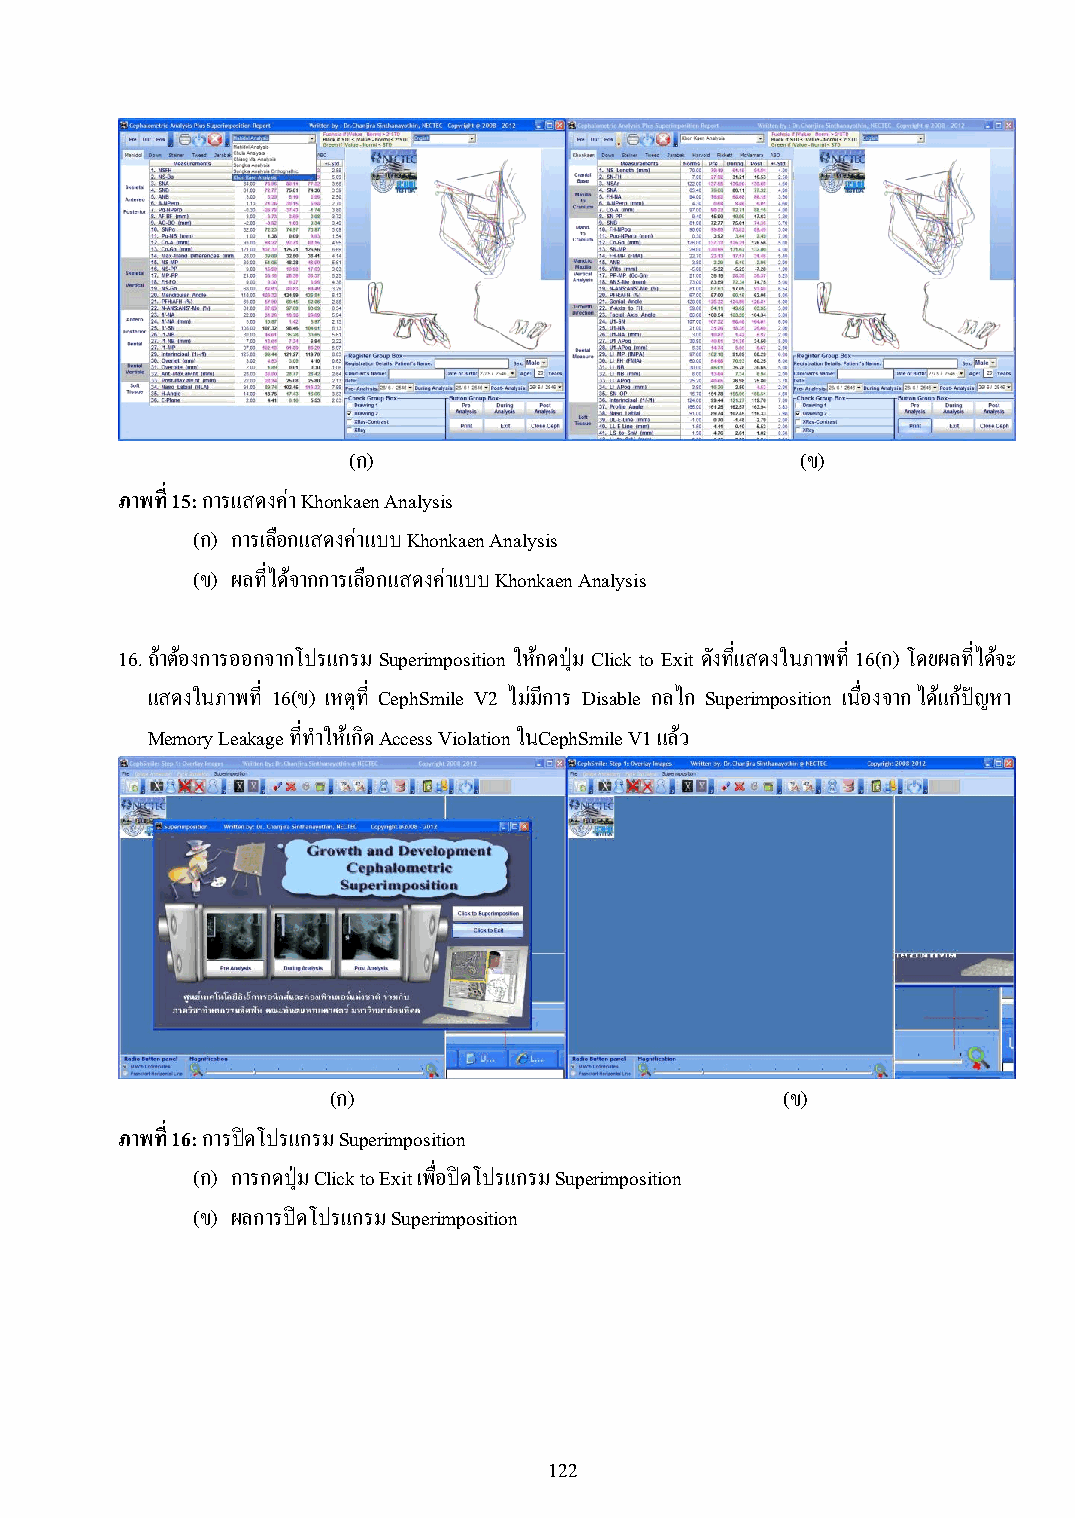
(ก)                           (ข)
 ภาพที่ 15: การแสดงค่า Khonkaen Analysis
 (ก) การเลือกแสดงค่าแบบ Khonkaen Analysis
 (ข) ผลที่ได้จากการเลือกแสดงค่าแบบ Khonkaen Analysis
 16. ถ้าต้องการออกจากโปรแกรม Superimposition ให้กดปุ่ม Click to Exit ดังที่แสดงในภาพที่ 16(ก) โดยผลที่ไดจ้ ะ
 แสดงในภาพที่ 16(ข) เหตุที่ CephSmile V2 ไม่มีการ Disable กลไก Superimposition เนื่องจาก ได้แก้ปัญหา
 Memory Leakage ที่ท าให้เกิด Access Violation ในCephSmile V1 แล้ว
 (ก)                           (ข)
 ภาพที่ 16: การปิดโปรแกรม Superimposition
 (ก) การกดปุ่ม Click to Exit เพื่อปิดโปรแกรม Superimposition
 (ข) ผลการปิดโปรแกรม Superimposition
 122